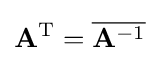
\mathbf {A} ^{\text{T}}={\overline {\mathbf {A} ^{-1}}}